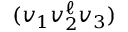
( v _ { 1 } v _ { 2 } ^ { \ell } v _ { 3 } )